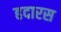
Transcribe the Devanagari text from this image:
हदारस